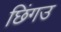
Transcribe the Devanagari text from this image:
छिंगउ